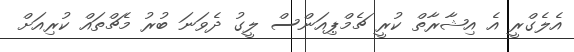
އެލެގްރީ އެ އިޝާރާތް ކުރީ ޗެމްޕިއަންސް ލީގު ދެވަނަ ބުރު މެޗްތައް ކުރިއަށް